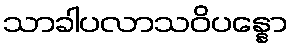
သာခါပလာသဝိပန္နော